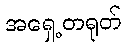
အရှေ့တရုတ်